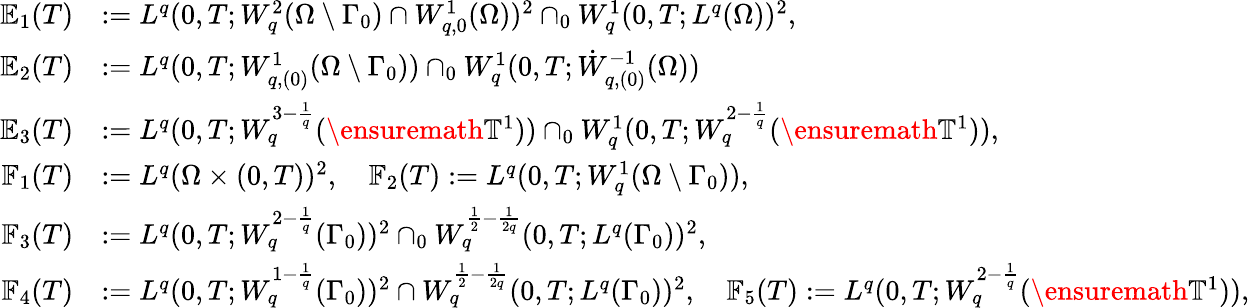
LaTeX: \begin{array}{rl}{\mathbb{E}_{1}(T)}&{:=L^{q}(0,T;W_{q}^{2}(\Omega\setminus\Gamma_{0})\cap W_{q,0}^{1}(\Omega))^{2}\cap_{0}W_{q}^{1}(0,T;L^{q}(\Omega))^{2},}\\ {\mathbb{E}_{2}(T)}&{:=L^{q}(0,T;W_{q,(0)}^{1}(\Omega\setminus\Gamma_{0}))\cap_{0}W_{q}^{1}(0,T;\dot{W}_{q,(0)}^{-1}(\Omega))}\\ {\mathbb{E}_{3}(T)}&{:=L^{q}(0,T;W_{q}^{3-\frac 1q}(\ensuremath{\mathbb{T}}^{1}))\cap_{0}W_{q}^{1}(0,T;W_{q}^{2-\frac 1q}(\ensuremath{\mathbb{T}}^{1})),}\\ {\mathbb{F}_{1}(T)}&{:=L^{q}(\Omega\times(0,T))^{2},\quad\mathbb{F}_{2}(T):=L^{q}(0,T;W_{q}^{1}(\Omega\setminus\Gamma_{0})),}\\ {\mathbb{F}_{3}(T)}&{:=L^{q}(0,T;W_{q}^{2-\frac 1q}(\Gamma_{0}))^{2}\cap_{0}W_{q}^{\frac 12-\frac 1{2q}}(0,T;L^{q}(\Gamma_{0}))^{2},\quad}\\ {\mathbb{F}_{4}(T)}&{:=L^{q}(0,T;W_{q}^{1-\frac 1q}(\Gamma_{0}))^{2}\cap W_{q}^{\frac 12-\frac 1{2q}}(0,T;L^{q}(\Gamma_{0}))^{2},\quad\mathbb{F}_{5}(T):=L^{q}(0,T;W_{q}^{2-\frac 1q}(\ensuremath{\mathbb{T}}^{1})),}\end{array}